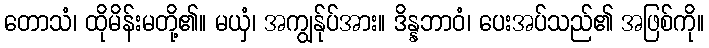
တောသံ၊ ထိုမိန်းမတို့၏။ မယှံ၊ အကျွန်ုပ်အား။ ဒိန္နဘာဝံ၊ ပေးအပ်သည်၏ အဖြစ်ကို။